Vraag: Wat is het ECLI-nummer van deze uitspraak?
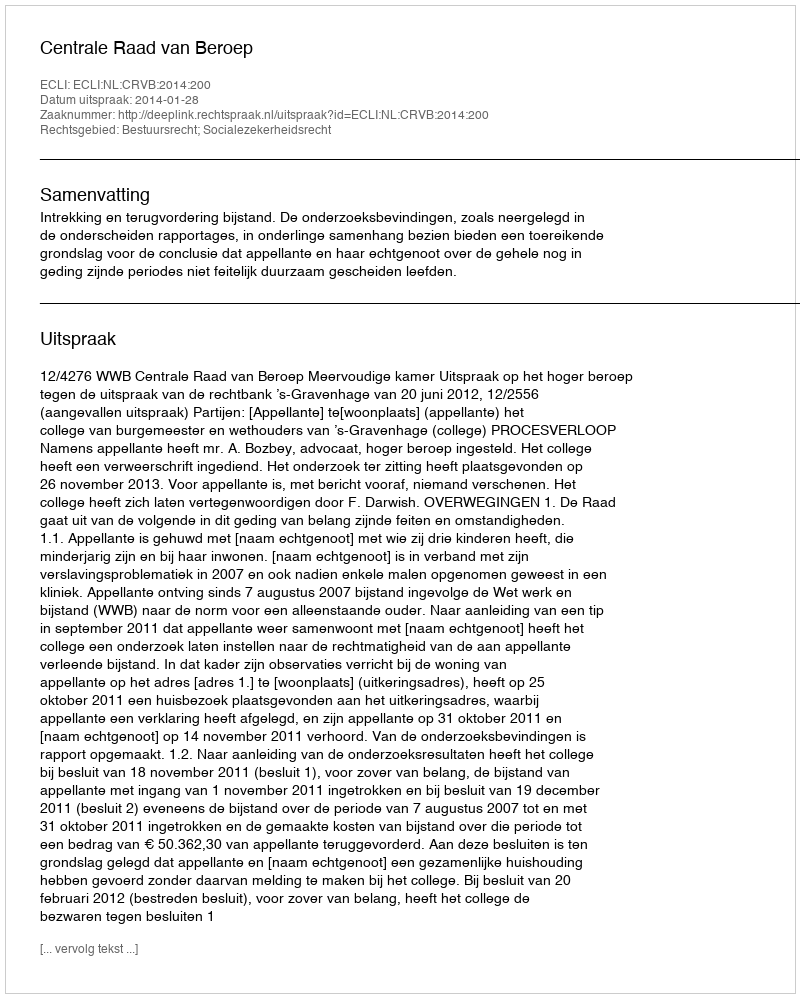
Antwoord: ECLI:NL:CRVB:2014:200